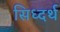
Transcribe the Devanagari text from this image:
सिध्दर्थ